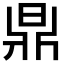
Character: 𣇓